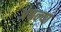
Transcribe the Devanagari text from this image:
अधल्या